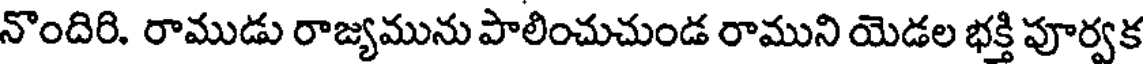
నొందిరి. రాముడు రాజ్యమును పాలించుచుండ రాముని యెడల భక్తి పూర్వక